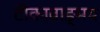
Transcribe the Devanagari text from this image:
टीकावाङ्मय